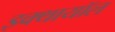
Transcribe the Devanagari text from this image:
इक्थायॉल